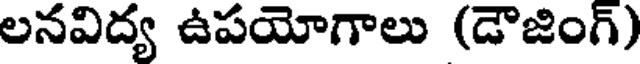
లనవిద్య ఉపయోగాలు (డౌజింగ్)